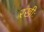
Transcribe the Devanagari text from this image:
रखीः